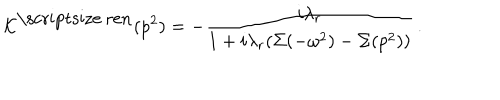
LaTeX: { \cal K } ^ { \mathrm { \scriptsize ~ r e n } } ( p ^ { 2 } ) = - \frac { i \lambda _ { r } } { 1 + i \lambda _ { r } ( \Sigma ( - \omega ^ { 2 } ) - \Sigma ( p ^ { 2 } ) ) } \, .